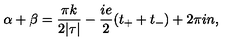
\alpha + \beta = \frac { \pi k } { 2 | \tau | } - \frac { i e } { 2 } ( t _ { + } + t _ { - } ) + 2 \pi i n ,